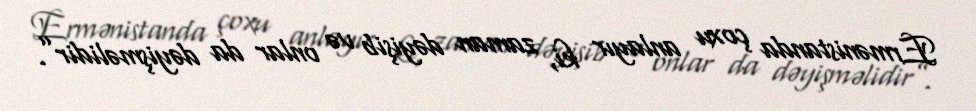
Ermənistanda çoxu anlayır ki, zaman dəyişib və onlar da dəyişməlidir”.